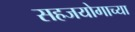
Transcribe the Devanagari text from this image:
सहजयोगाच्या